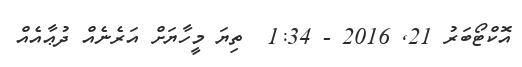
އޮކްޓޯބަރު 21